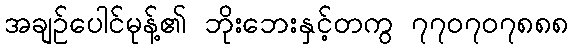
အချဉ်ပေါင်မုန့်၏ ဘိုးဘေးနှင့်တကွ ၇၇၀၇၀၇၈၈၈